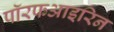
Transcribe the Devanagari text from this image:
पॉरफआइरिन